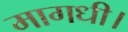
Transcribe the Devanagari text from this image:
मागधी।